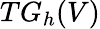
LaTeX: TG_{h}(V)